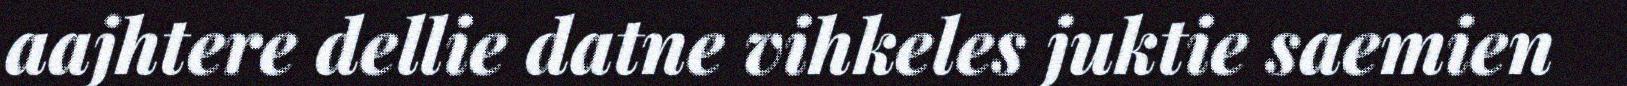
aajhtere dellie datne vihkeles juktie saemien